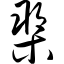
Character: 槊